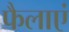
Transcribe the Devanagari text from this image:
फैलाएं